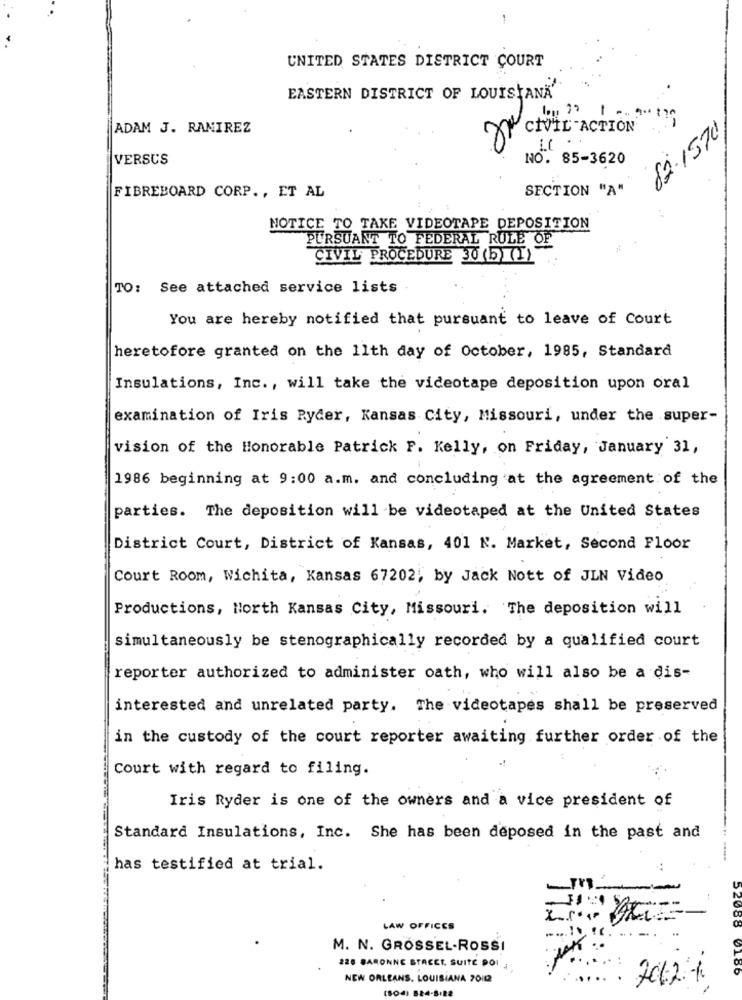
UNITED STATES DISTRICT COURT
EASTERN DISTRICT OF LOUISIANA'
ADAM J. RAMIREZ
CIVIL ACTION
62.1570
VERSUS
NO. 85-3620
SECTION "A"
FIBREBOARD CORP ., ET AL
NOTICE TO TAKE VIDEOTAPE DEPOSITION
PURSUANT TO FEDERAL RULE OF
CIVIL PROCEDURE 30 (5)(I)
TO: See attached service lists
You are hereby notified that pursuant to leave of Court
heretofore granted on the 11th day of October, 1985, Standard
Insulations, Inc ., will take the videotape deposition upon oral
examination of Iris Ryder, Kansas City, Missouri, under the super-
vision of the Honorable Patrick F. Kelly, on Friday, January 31,
1986 beginning at 9:00 a.m. and concluding at the agreement of the
parties. The deposition will be videotaped at the United States
District Court, District of Kansas, 401 N. Market, Second Floor
Court Room, Wichita, Kansas 67202; by Jack Nott of JLN Video
Productions, North Kansas City, Missouri. The deposition will
simultaneously be stenographically recorded by a qualified court
reporter authorized to administer oath, who will also be a dis-
interested and unrelated party. The videotapes shall be preserved
in the custody of the court reporter awaiting further order of the
Court with regard to filing.
Iris Ryder is one of the owners and a vice president of
Standard Insulations, Inc. She has been deposed in the past and
-
has testified at trial.
LAW OFFICES
....!
M. N. GROSSEL-ROSSI
225 BARONNE STACET. SUITE POI
NEW ORLEANS, LOUISIANA 70112
2012-4